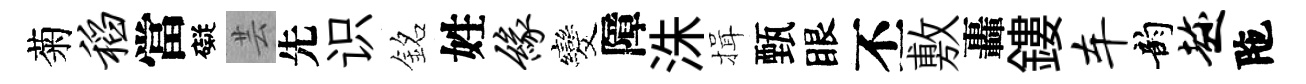
菊稻當礙芸先识銘姓缘发障洙揖甄眼丕敷轟鏤车韵趁陁